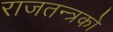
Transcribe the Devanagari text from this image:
राजतन्त्रको